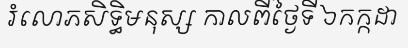
រំលោភសិទ្ធិមនុស្ស កាលពីថ្ងៃទី ៦កក្កដា